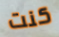
كنت